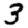
Digit: 3